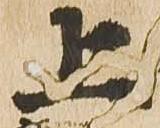
上